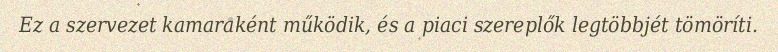
Ez a szervezet kamaraként működik, és a piaci szereplők legtöbbjét tömöríti.